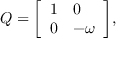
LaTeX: Q = { \left[ \begin{array} { l l } { 1 } & { 0 } \\ { 0 } & { - \omega } \end{array} \right] } ,